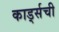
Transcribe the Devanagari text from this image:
कार्ड्सची